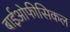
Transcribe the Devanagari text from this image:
बाईओफीसिकल